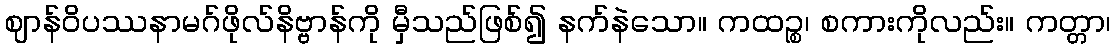
ဈာန်ဝိပဿနာမဂ်ဖိုလ်နိဗ္ဗာန်ကို မှီသည်ဖြစ်၍ နက်နဲသော။ ကထဉ္စ၊ စကားကိုလည်း။ ကတ္တာ၊